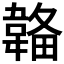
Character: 𩏄